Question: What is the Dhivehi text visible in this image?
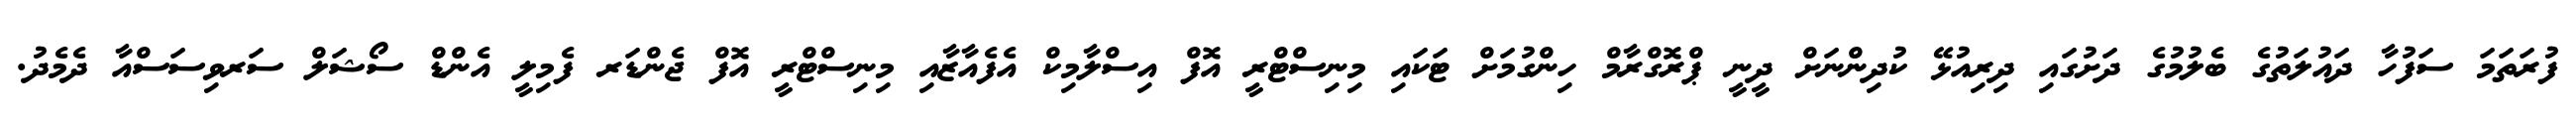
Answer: ފުރަތަމަ ސަފުހާ ދައުލަތުގެ ބެލުމުގެ ދަށުގައި ދިރިއުޅޭ ކުދިންނަށް ދީނީ ޕްރޮގްރާމް ހިންގުމަށް ޓަކައި މިނިސްޓްރީ އޮފް އިސްލާމިކް އެފެއާޒާއި މިނިސްޓްރީ އޮފް ޖެންޑަރ ފެމިލީ އެންޑް ސޯޝަލް ސަރވިސަސްއާ ދެމެދު.